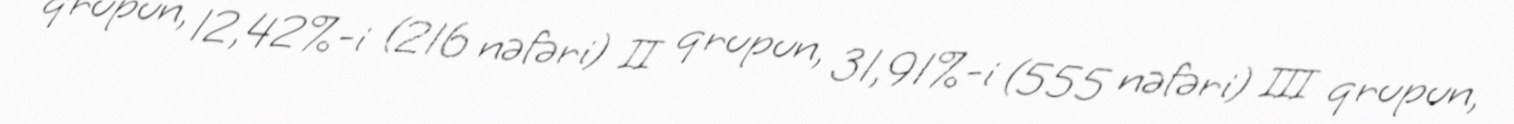
qrupun, 12,42%-i (216 nəfəri) II qrupun, 31,91%-i (555 nəfəri) III qrupun,